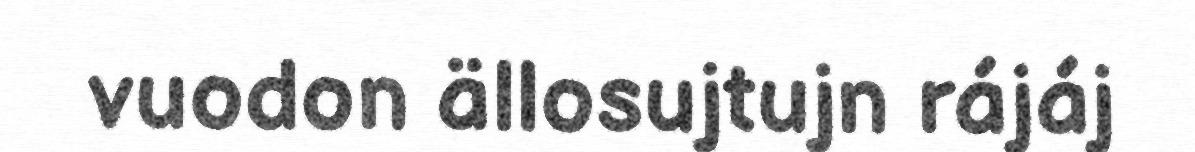
vuodon ällosujtujn rájáj